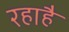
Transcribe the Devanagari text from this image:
रहाहै